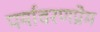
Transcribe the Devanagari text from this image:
पर्यावरणप्रेम